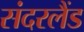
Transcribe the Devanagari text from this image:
संदरलैंड